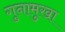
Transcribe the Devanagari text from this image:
गुनामुखा